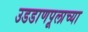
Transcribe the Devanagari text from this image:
उडडाणपूलाच्या